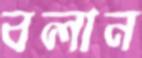
বলান